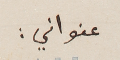
عنواني: